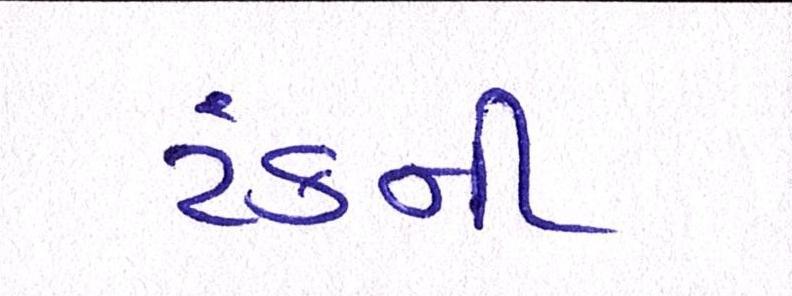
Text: ટંકની